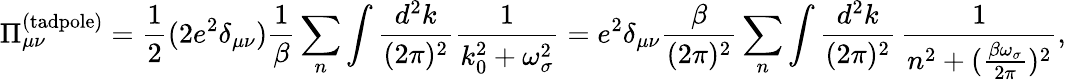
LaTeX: \Pi_{\mu\nu}^{(\mathrm{tadpole})}=\frac{1}{2}(2e^{2}\delta_{\mu\nu})\frac{1}{\beta}\sum_{n}\int\frac{d^{2}k}{(2\pi)^{2}}\frac{1}{k_{0}^{2}+\omega_{\sigma}^{2}}=e^{2}\delta_{\mu\nu}\frac{\beta}{(2\pi)^{2}}\sum_{n}\int\frac{d^{2}k}{(2\pi)^{2}}\, \frac{1}{n^{2}+(\frac{\beta\omega_{\sigma}}{2\pi})^{2}},